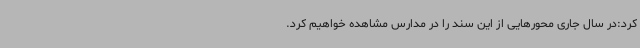
کرد:در سال جاری محورهایی از این سند را در مدارس مشاهده خواهیم کرد.